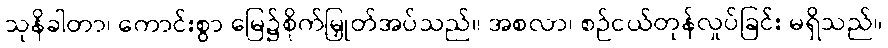
သုနိခါတာ၊ ကောင်းစွာ မြေ၌စိုက်မြှုတ်အပ်သည်။ အစလာ၊ စဉ်ငယ်တုန်လှုပ်ခြင်း မရှိသည်။